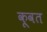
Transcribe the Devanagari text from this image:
कू़वत